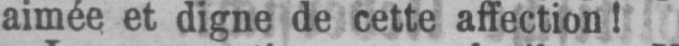
aimée et digne de cette affection!